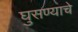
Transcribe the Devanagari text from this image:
घुसण्याचे